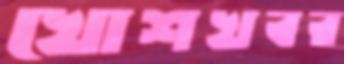
খোশখবর